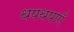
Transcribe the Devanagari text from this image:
थपथपाएँ